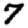
Digit: 7